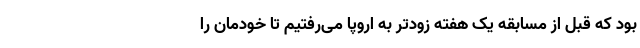
بود که قبل از مسابقه یک هفته زودتر به اروپا می‌رفتیم تا خودمان را